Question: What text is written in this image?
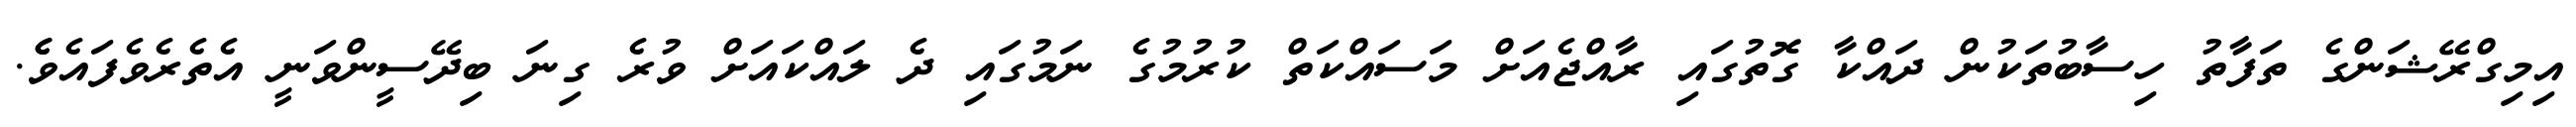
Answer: އިމިގްރޭޝަންގެ ތަފާތު ހިސާބުތަކުން ދައްކާ ގޮތުގައި ރާއްޖެއަށް މަސައްކަތް ކުރުމުގެ ނަމުގައި ދެ ލައްކައަށް ވުރެ ގިނަ ބިދޭސީންވަނީ އެތެރެވެފައެވެެ.